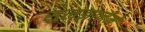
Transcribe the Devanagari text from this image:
सुलझानेमें